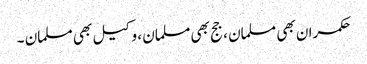
حکمران بھی مسلمان ، جج بھی مسلمان ، وکیل بھی مسلمان ۔